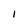
Character: I